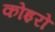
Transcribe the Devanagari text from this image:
कोइरो